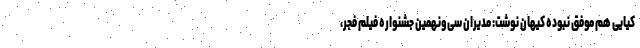
کیایی هم موفق نبوده کیهان نوشت: مدیران سی‌ونهمین جشنواره فیلم فجر،